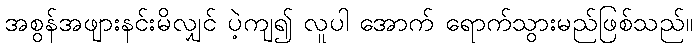
အစွန်အဖျားနင်းမိလျှင် ပဲ့ကျ၍ လူပါ အောက် ရောက်သွားမည်ဖြစ်သည်။